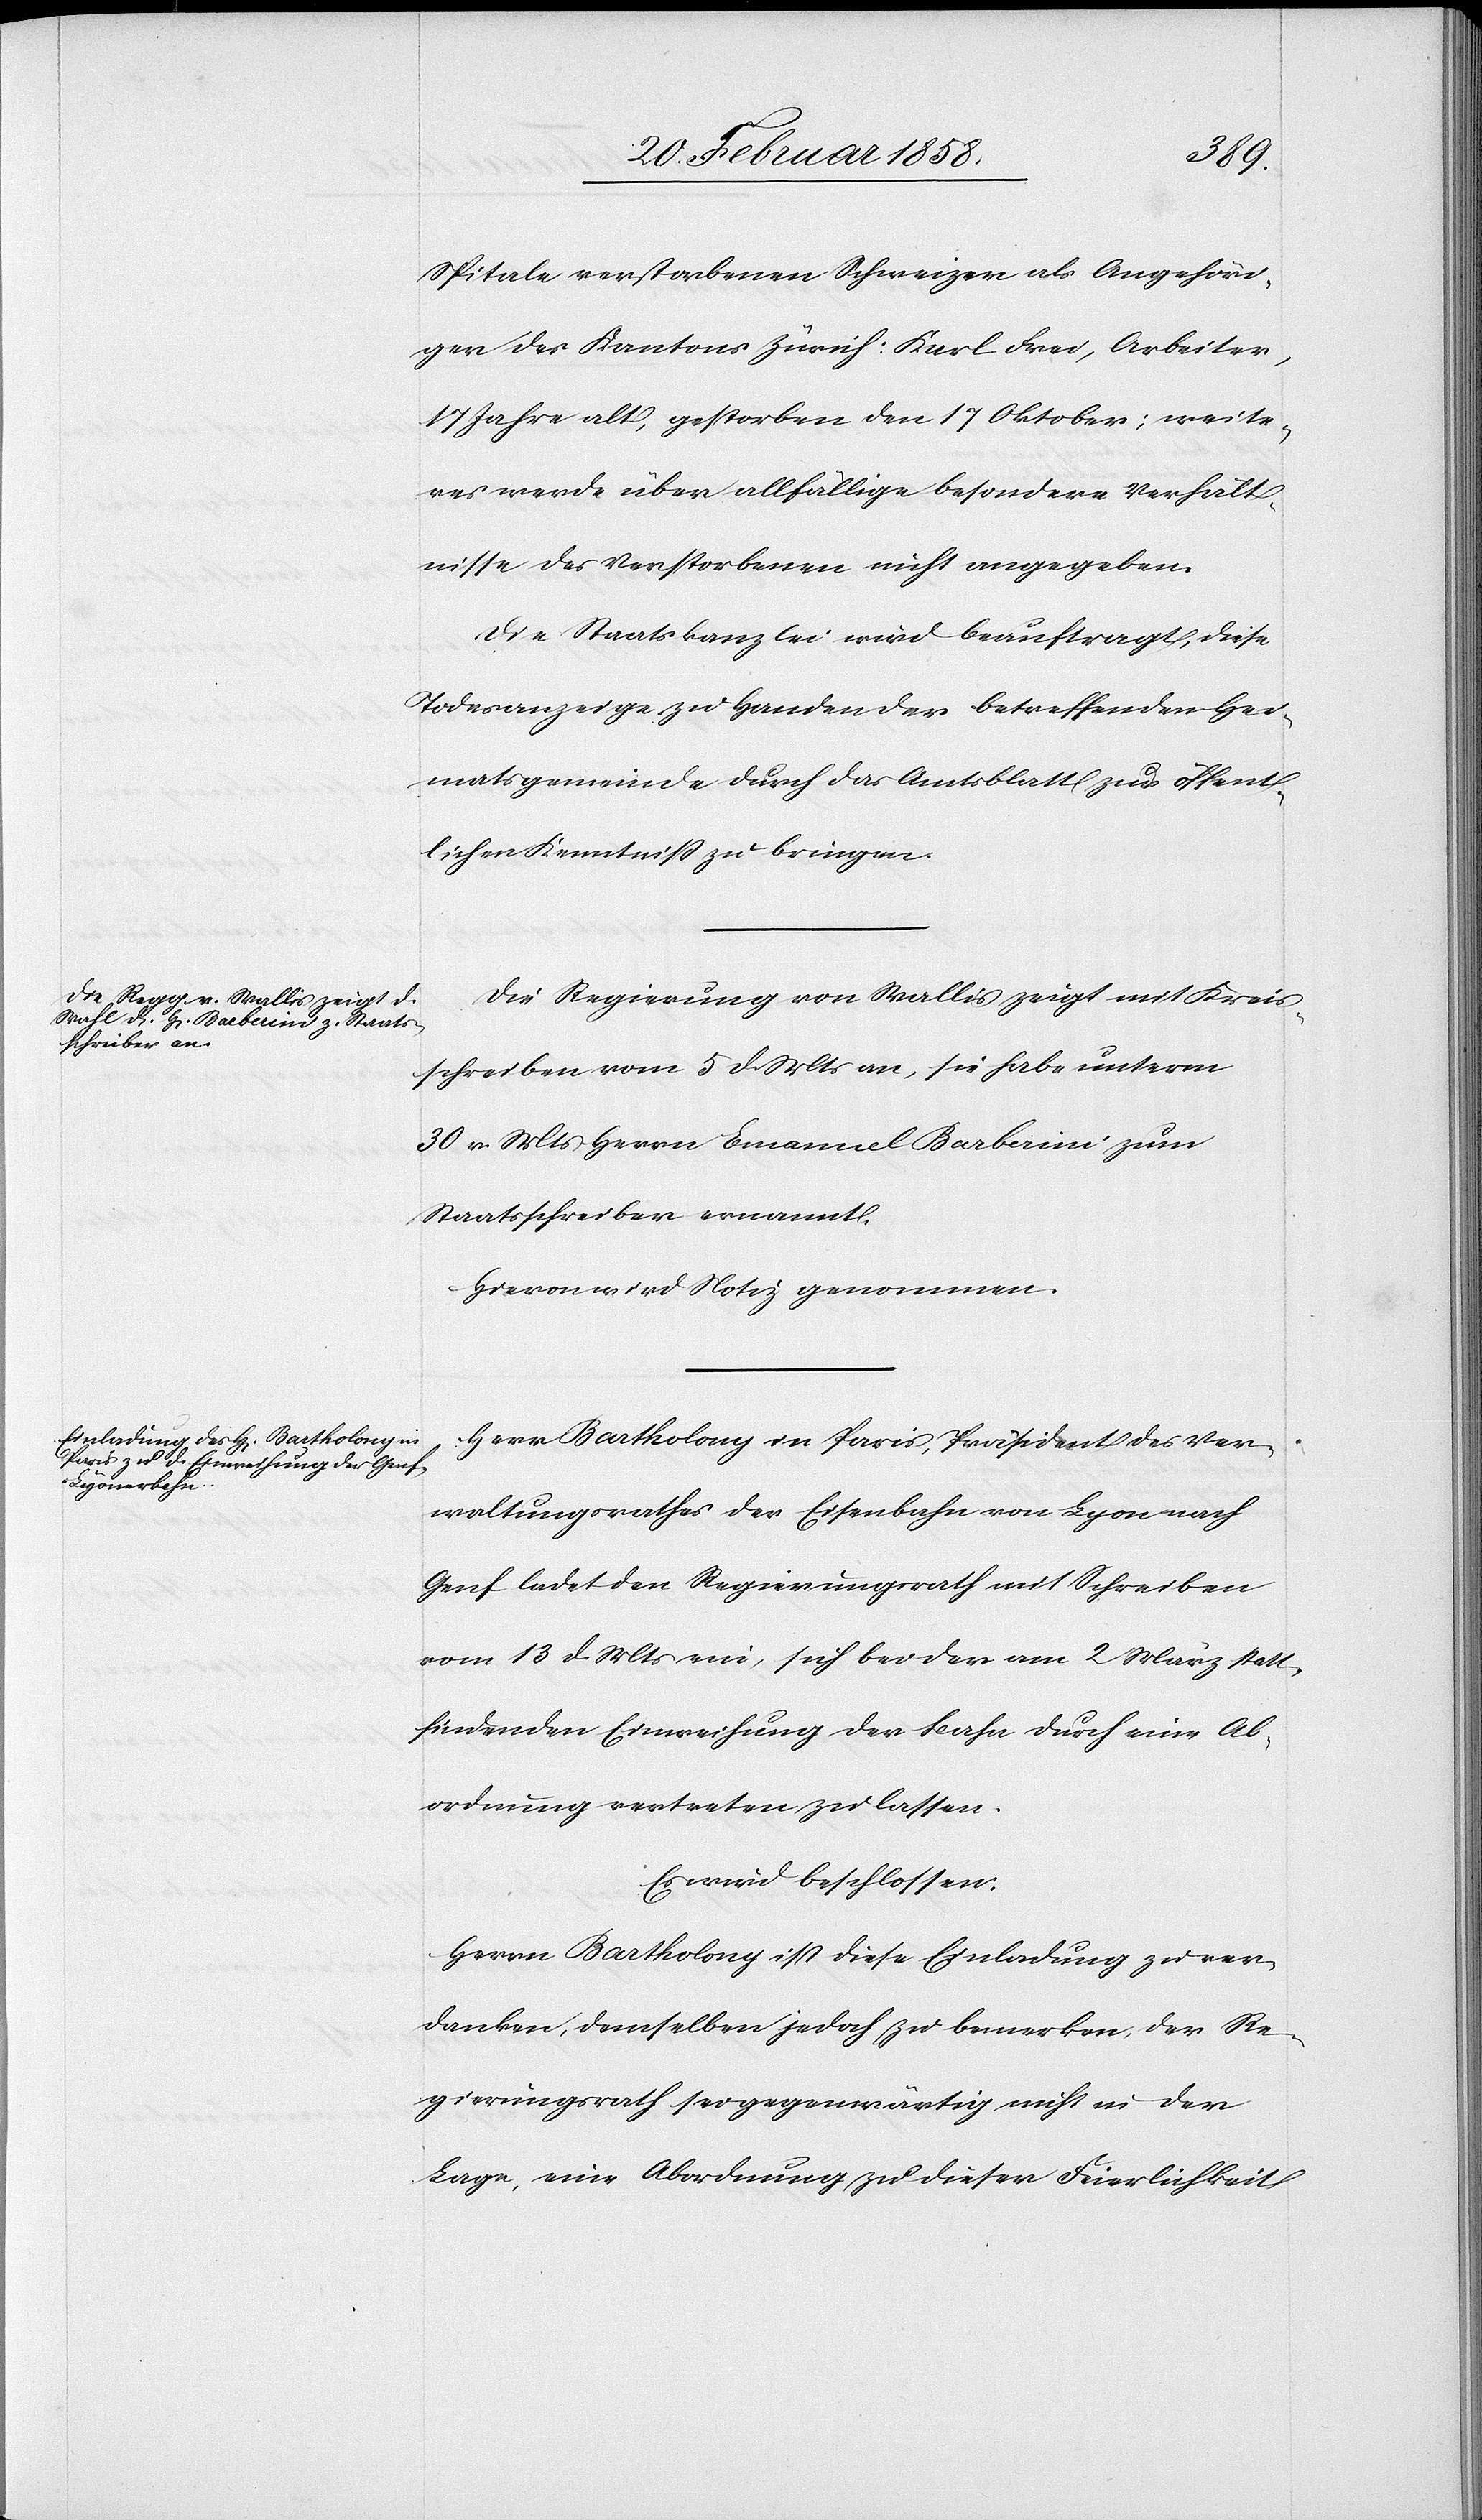
Spitale verstorbenen Schweizer als Angehöri¬
ger des Kantons Zürich: Karl Frei, Arbeiter,
17 Jahre alt, gestorben den 17 Oktober; weite¬
res werde über allfällige besondere Verhält¬
nisse des Verstorbenen nicht angegeben.
Die Staatskanzlei wird beauftragt, diese
Todesanzeige zu Handen der betreffenden Hei¬
matsgemeinde durch das Amtsblatt zur öffent¬
lichen Kenntniß zu bringen.
Die Regierung von Wallis zeigt mit Kreis¬
schreiben vom 5 d. Mts an, sie habe unterm
30 v. Mts Herrn Emanuel Barberini zum
Staatsschreiber ernannt.
Hievon wird Notiz genommen.
Herr Bartholony in Paris, Präsident des Ver¬
waltungsrathes der Eisenbahn von Lyon nach
Genf ladet den Regierungsrath mit Schreiben
vom 13 d. Mts ein, sich bei der am 2 März statt¬
findenden Einweihung der Bahn durch eine Ab¬
ordnung vertreten zu lassen.
Es wird beschlossen:
Herrn Bartholony ist diese Einladung zu ver¬
danken, demselben jedoch zu bemerken, der Re¬
gierungsrath sei gegenwärtig nicht in der
Lage, eine Abordnung zu dieser Feierlichkeit